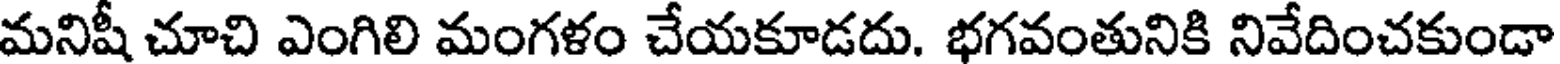
మనిషీ చూచి ఎంగిలి మంగళం చేయకూడదు. భగవంతునికి నివేదించకుండా